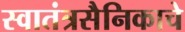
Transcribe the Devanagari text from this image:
स्वातंत्रसैनिकाचे